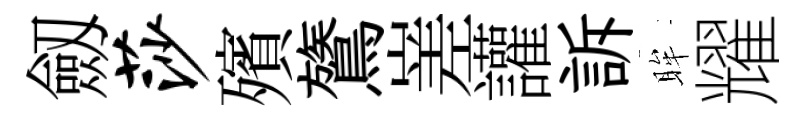
劔莎殯鷟嵳讙訴眸耀